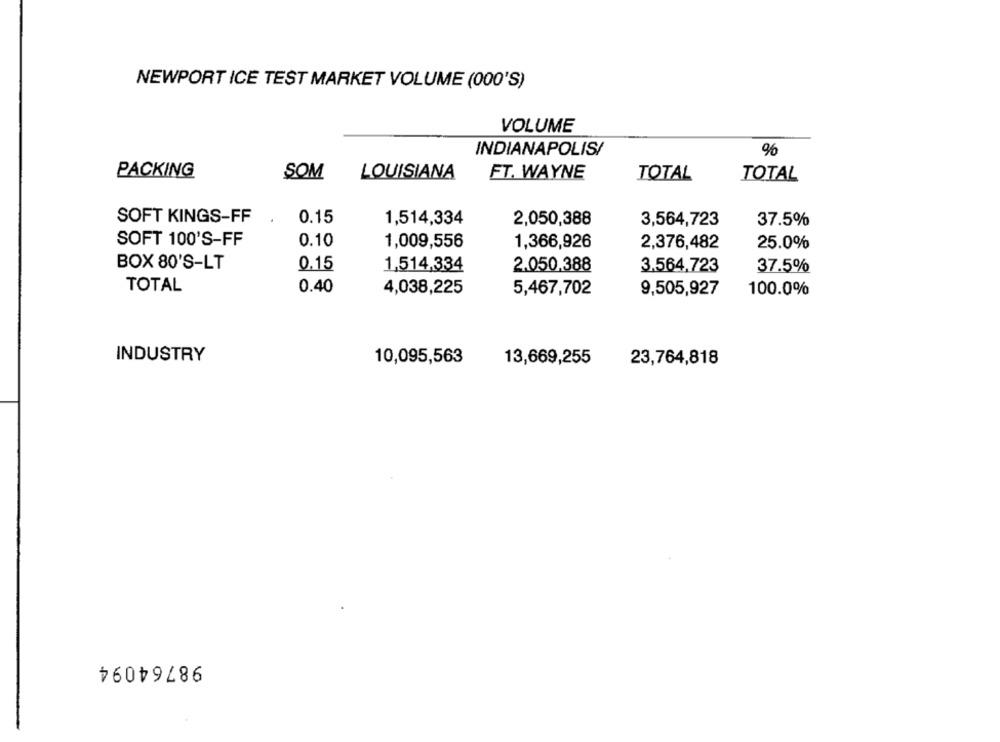
NEWPORT ICE TEST MARKET VOLUME (000'S)
VOLUME
INDIANAPOLIS/
%
PACKING
SOM
LOUISIANA
FT. WAYNE
TOTAL
TOTAL
SOFT KINGS-FF
0.15
1,514,334
2,050,388
3,564,723
37.5%
SOFT 100'S-FF
0.10
1,009,556
1,366,926
2,376,482
25.0%
BOX 80'S-LT
0.15
1,514,334
2.050.388
3.564,723
37.5%
TOTAL
0.40
4,038,225
5,467,702
9,505,927
100.0%
INDUSTRY
10,095,563
13,669,255
23,764,818
98764094